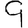
Digit: 9